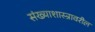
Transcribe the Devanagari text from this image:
संख्याशास्त्रावरील